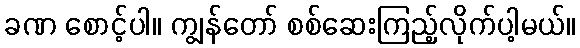
ခဏ စောင့်ပါ။ ကျွန်တော် စစ်ဆေးကြည့်လိုက်ပါ့မယ်။